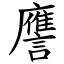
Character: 譍